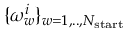
\lbrace \omega _ { w } ^ { i } \rbrace _ { w = 1 , . . , N _ { \mathrm { s t a r t } } }